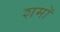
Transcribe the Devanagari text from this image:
शमॉ